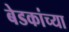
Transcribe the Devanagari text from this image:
बेडकांच्या